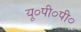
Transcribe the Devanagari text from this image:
यू०पी०पी०